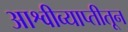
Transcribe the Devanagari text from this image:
आश्वीव्याप्तीतून